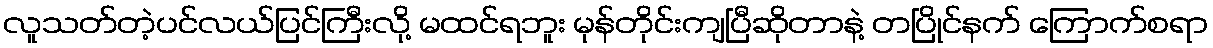
လူသတ်တဲ့ပင်လယ်ပြင်ကြီးလို့ မထင်ရဘူး မုန်တိုင်းကျပြီဆိုတာနဲ့ တပြိုင်နက် ကြောက်စရာ